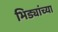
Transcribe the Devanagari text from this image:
भिड्यांच्या